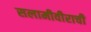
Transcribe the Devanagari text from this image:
सलामीवीराची